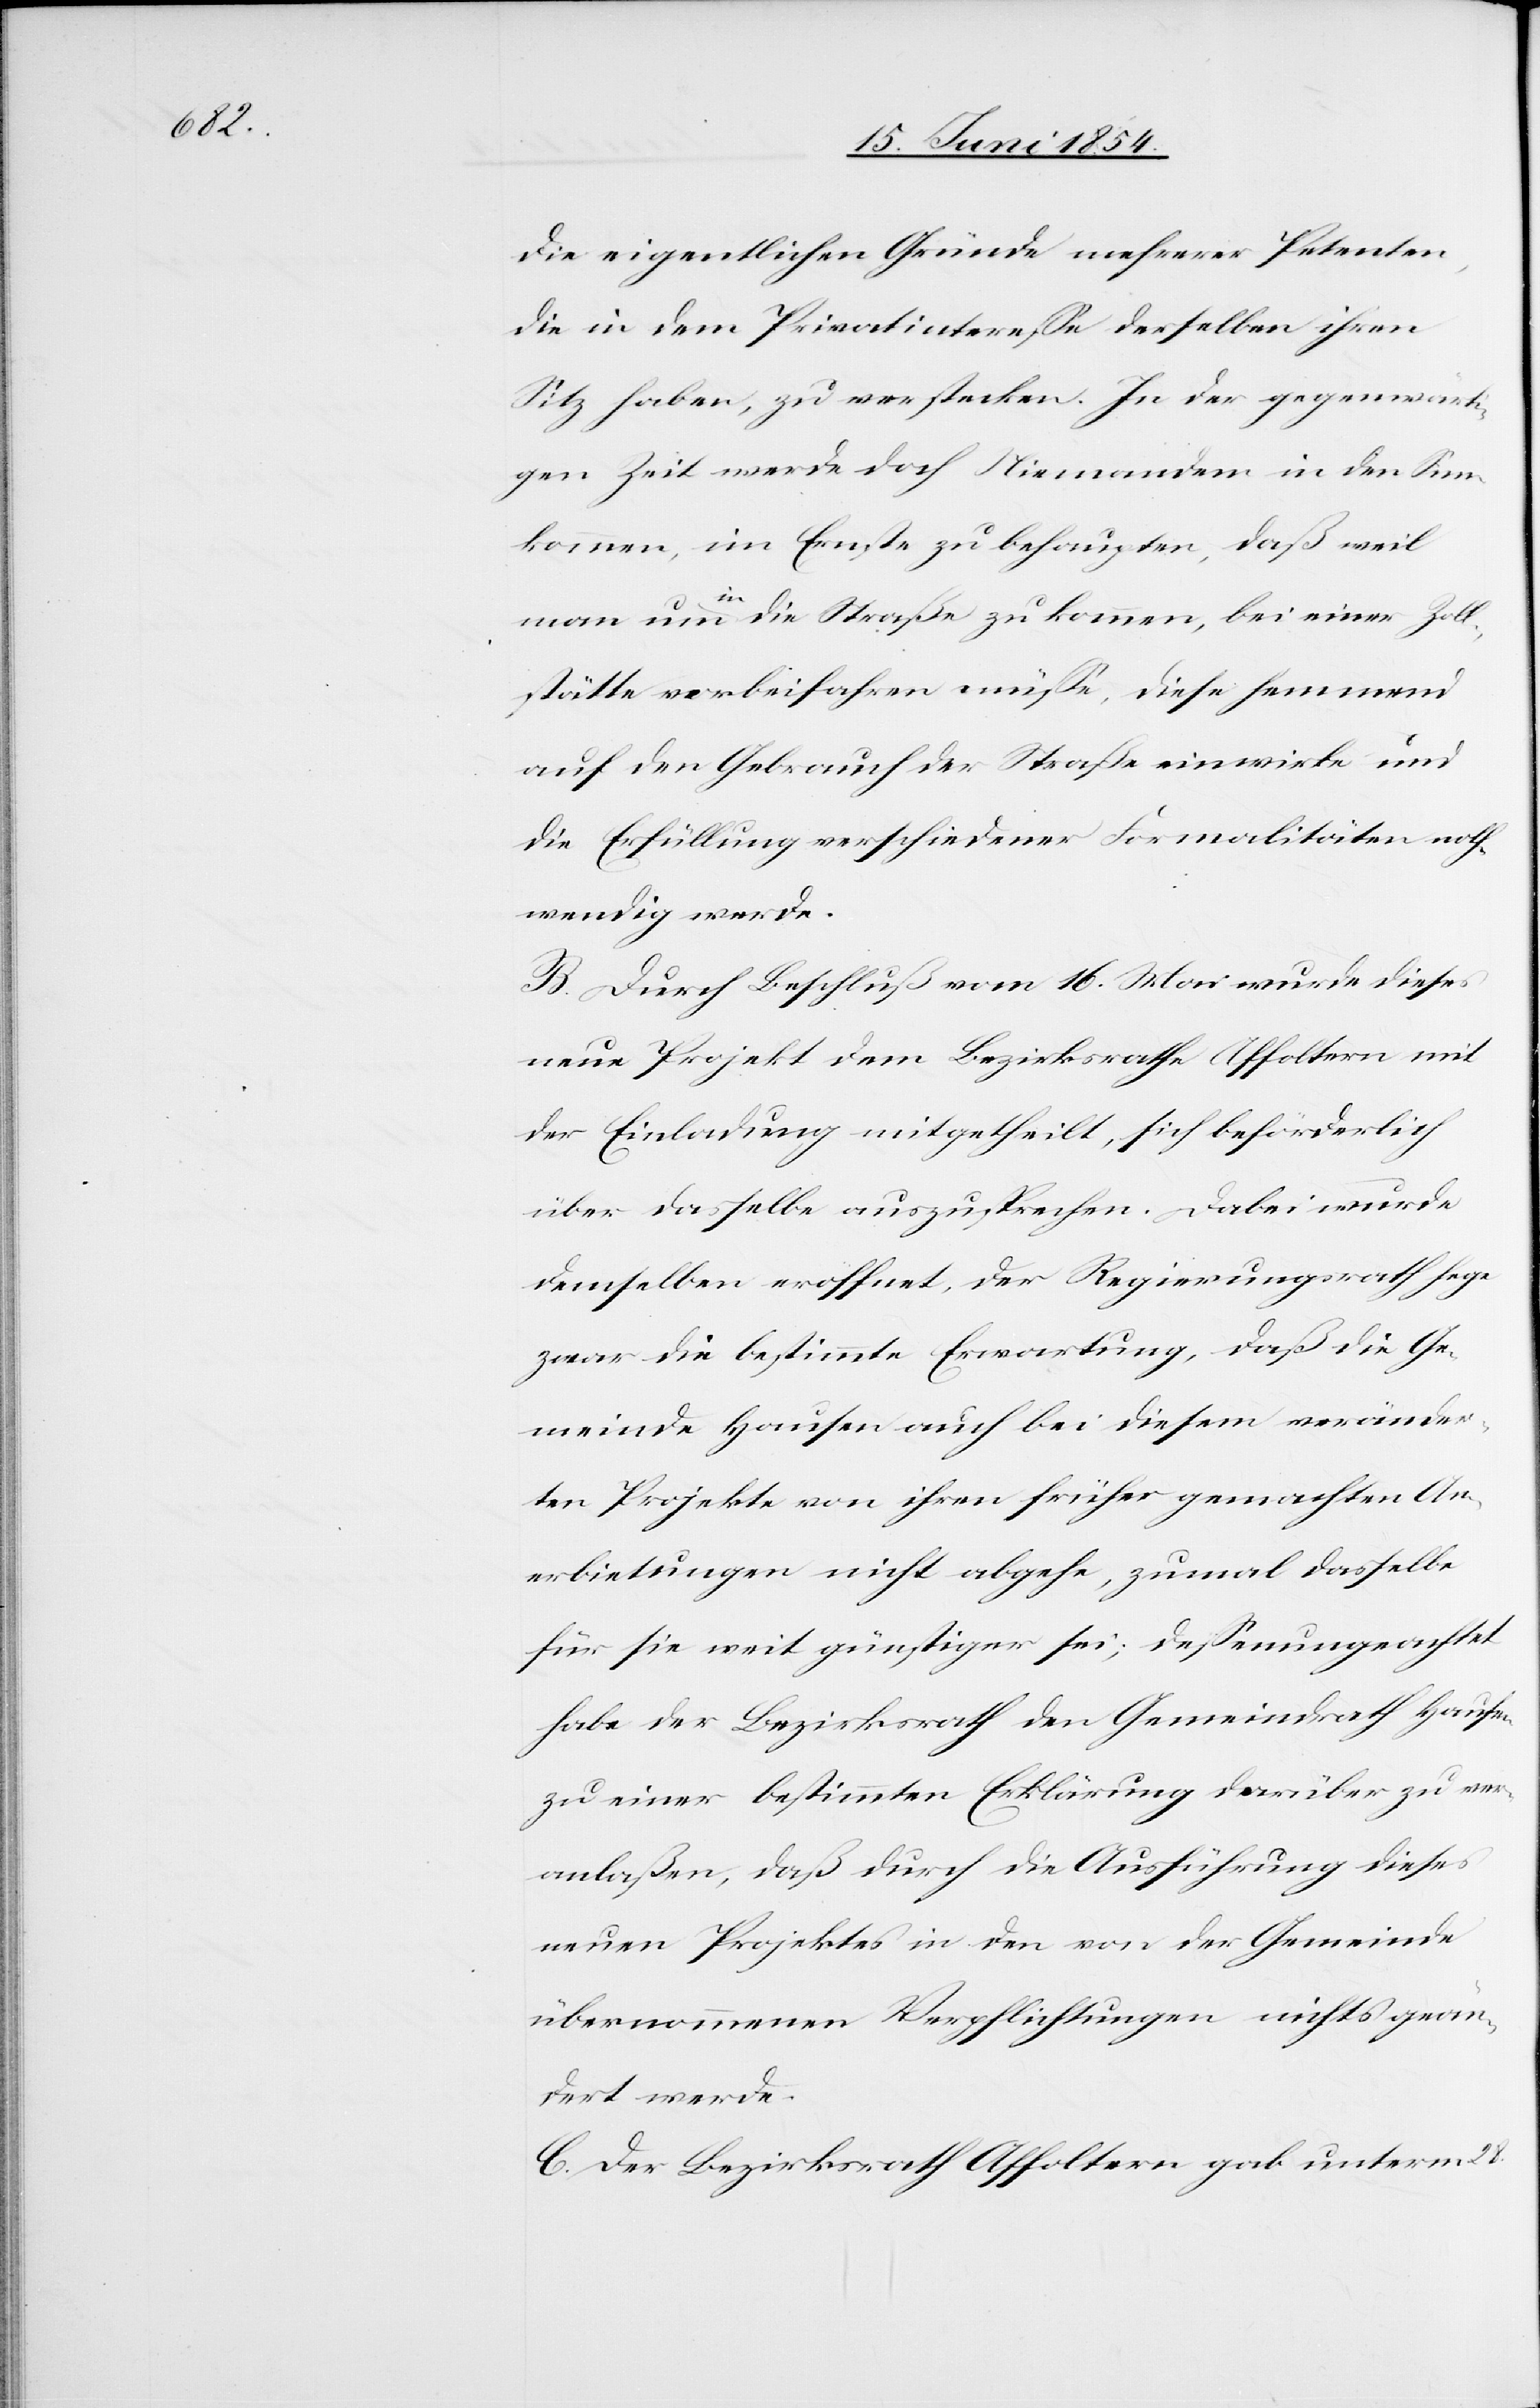
die eigentlichen Gründe mehrere Petenten,
die in dem Privatintereße derselben ihren
Sitz haben, zu verstecken. In der gegenwärti¬
gen Zeit werde doch Niemanden in den Sinn
kommen, im Ernste zu behaupten, daß weil
man um a-in-a die Straße zu kommen, bei einer Zoll¬
stätte vorbeifahren müße diese hemmend
auf den Gebrauch der Straße einwirken und
die Erfüllung verschiedener Formalitäten noth¬
wendig mache.
B. Durch Beschluß vom 16. Mai wurde dieses
neue Projekt dem Bezirksrathe Affoltern mit
der Einladung mitgetheilt, sich beförderlich
über dasselbe auszusprechen. Dabei wurde
demselben eröffnet, der Regierungsrath hege
zwar die bestimmte Erwartung, daß die Ge¬
meinde Hausen auch bei diesem veränder¬
ten Projekte von ihren früher gemachten An¬
erbietungen nicht abgehe, zumal dasselbe
für sie weit günstiger sei; deßenungeachtet
habe der Bezirksrath den Gemeindrath Hausen
zu einer bestimmten Erklärung darüber zu ver¬
anlaßen, daß durch die Ausführung dieses
neuen Projektes in den von der Gemeinde
übernommenen Verpflichtungen nichts geän¬
dert werde.
C. Der Bezirksrath Affoltern gab unterm 28.